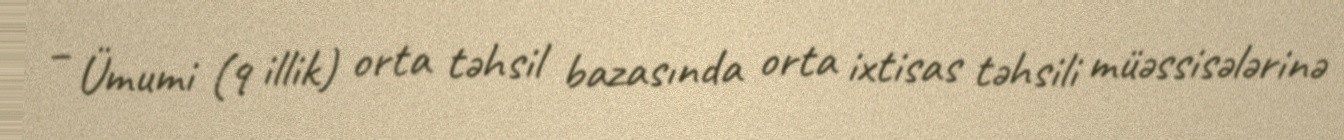
– Ümumi (9 illik) orta təhsil bazasında orta ixtisas təhsili müəssisələrinə